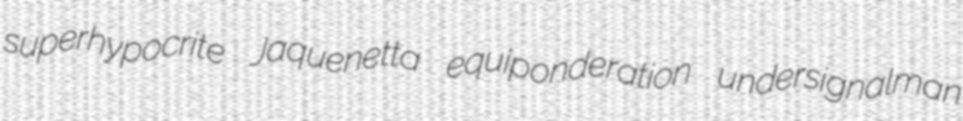
superhypocrite Jaquenetta equiponderation undersignalman